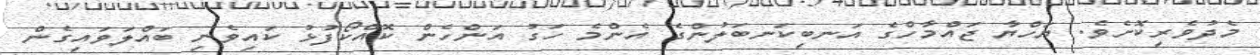
މެދުވެރިކޮށެވެ. ޔަހްޔާ ޖައްމާހްގެ އަނބިކަނބަލުންގެ އެންމެ ހަގު އަންހެން ކޮއްކޯފުޅު ކައިވެނި ބައްލަވައިގެން